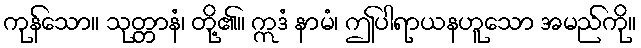
ကုန်သော။ သုတ္တာနံ၊ တို့၏။ ဣဒံ နာမံ၊ ဤပါရာယနဟူသော အမည်ကို။